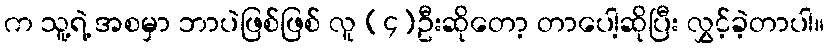
က သူ့ရဲ့ အစမှာ ဘာပဲဖြစ်ဖြစ် လူ (၄)ဦးဆိုတော့ တာပေါ့ဆိုပြီး လွှင့်ခဲ့တာပါ။